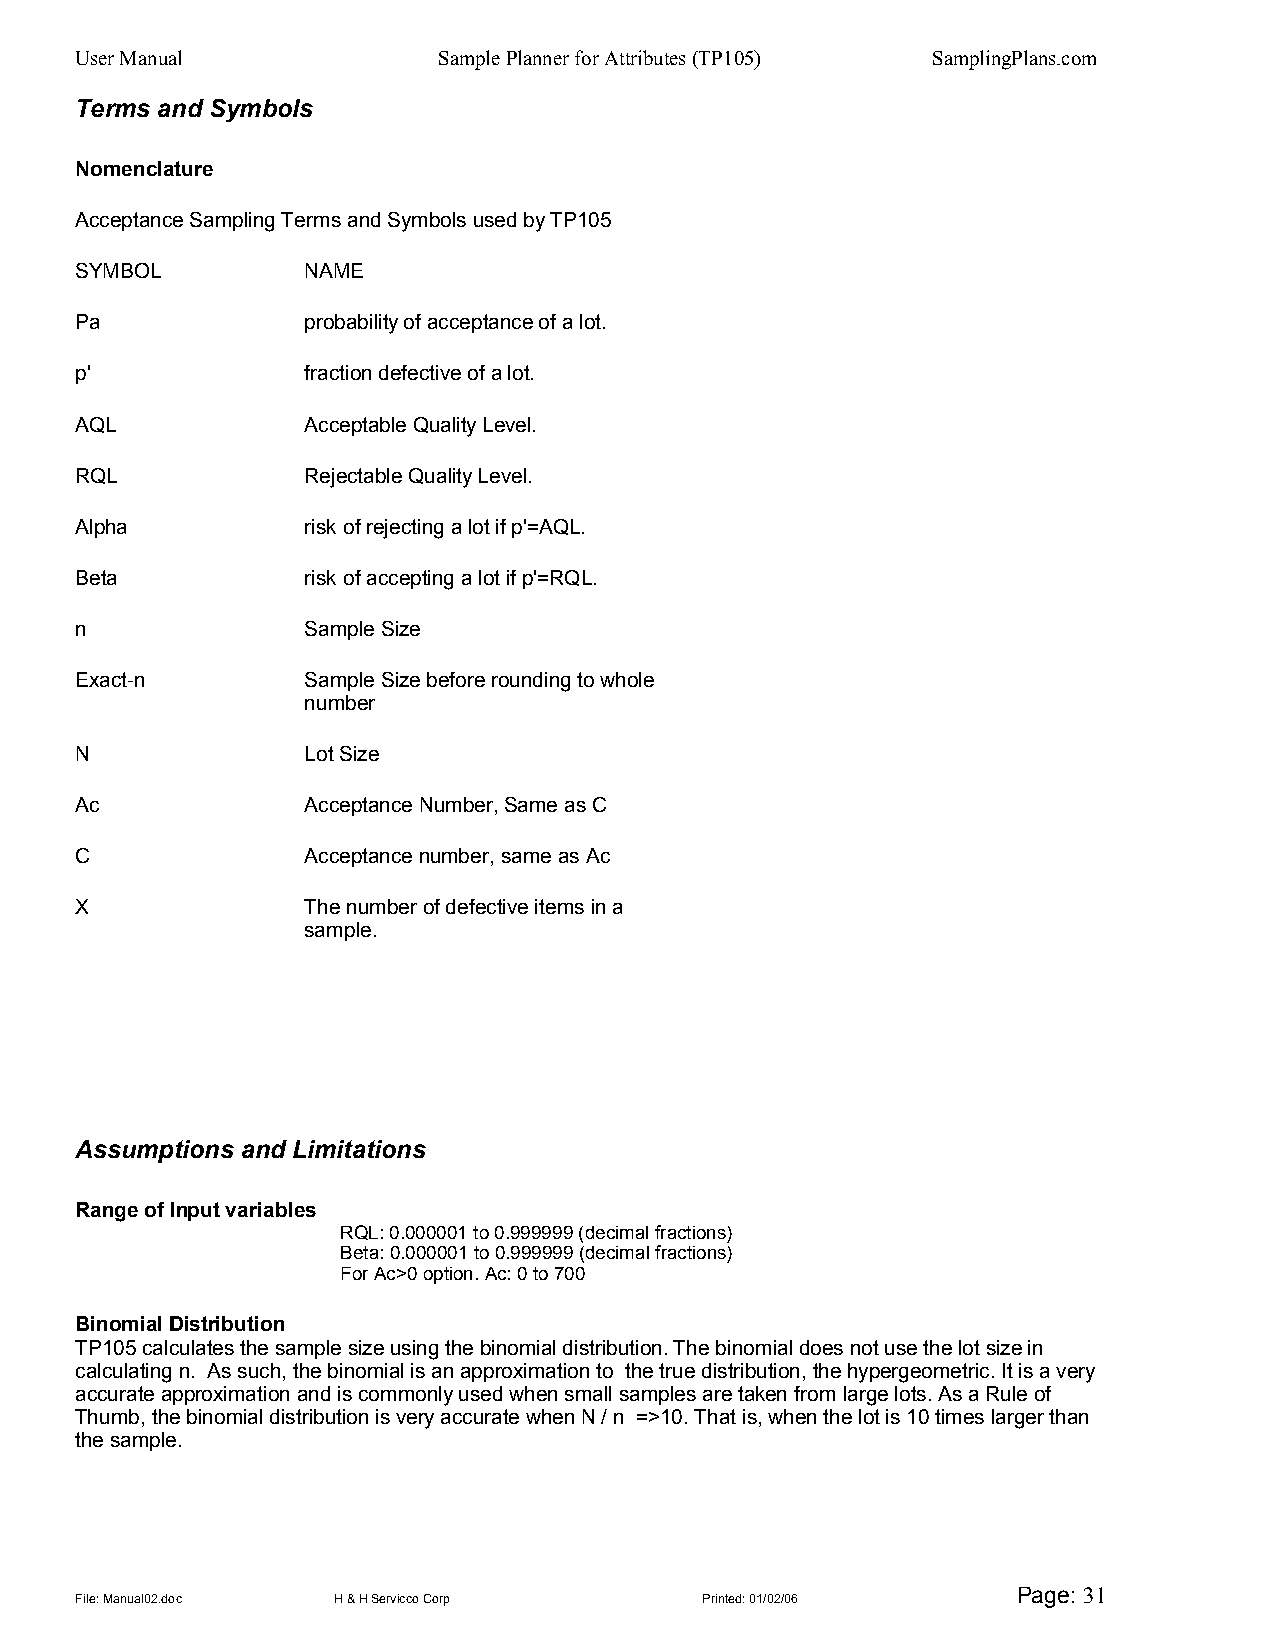
User Manual             Sample Planner for Attributes (TP105) SamplingPlans.com
 Terms and Symbols
 Nomenclature
 Acceptance Sampling Terms and Symbols used by TP105
 SYMBOL         NAME
 Pa             probability of acceptance of a lot.
 p'             fraction defective of a lot.
 AQL            Acceptable Quality Level.
 RQL            Rejectable Quality Level.
 Alpha          risk of rejecting a lot if p'=AQL.
 Beta           risk of accepting a lot if p'=RQL.
 n              Sample Size
 Exact-n        Sample Size before rounding to whole
 number
 N              Lot Size
 Ac             Acceptance Number, Same as C
 C              Acceptance number, same as Ac
 X              The number of defective items in a
 sample.
 Assumptions and Limitations
 Range of Input variables
 RQL: 0.000001 to 0.999999 (decimal fractions)
 Beta: 0.000001 to 0.999999 (decimal fractions)
 For Ac>0 option. Ac: 0 to 700
 Binomial Distribution
 TP105 calculates the sample size using the binomial distribution. The binomial does not use the lot size in
 calculating n. As such, the binomial is an approximation to the true distribution, the hypergeometric. It is a very
 accurate approximation and is commonly used when small samples are taken from large lots. As a Rule of
 Thumb, the binomial distribution is very accurate when N / n =>10. That is, when the lot is 10 times larger than
 the sample.
 Page: 31
 File: Manual02.doc H & H Servicco Corp   Printed: 01/02/06